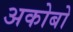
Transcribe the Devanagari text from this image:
अकोबो